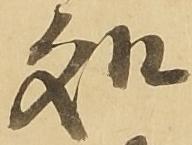
処